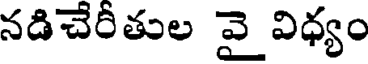
నడిచేరీతుల వై విధ్యం